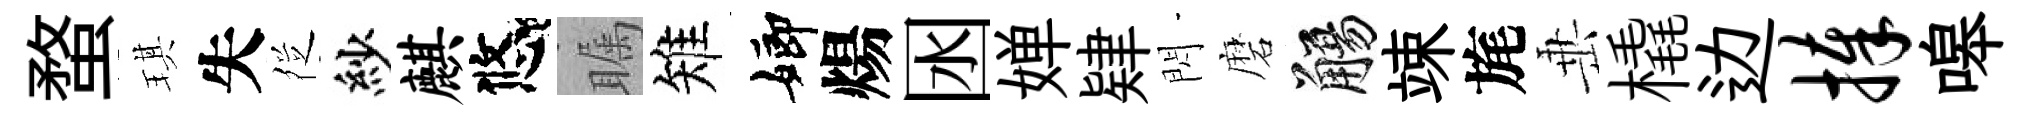
蝥琪失徔紗麒悠瞩雉嫏煬囦婵肄閃磨觴竦旄𡸁橇边捧嗥